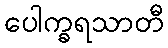
ပေါက္ခရသာတီ